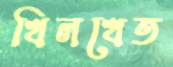
খিলখেত